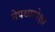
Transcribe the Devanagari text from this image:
नेपथ्यापेक्षा